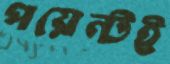
পয়েন্টই